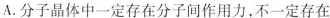
A.分子晶体中一定存在分子间作用力，不一定存在